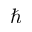
\hbar